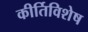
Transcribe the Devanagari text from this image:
कीर्तिविशेष